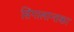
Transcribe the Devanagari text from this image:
सिंगालान्तका